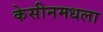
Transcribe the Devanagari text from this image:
केसीनमधला